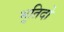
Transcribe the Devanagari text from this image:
भूतिदो